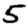
Digit: 5